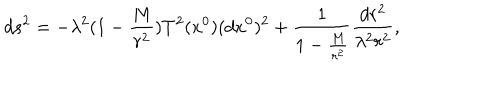
d s ^ { 2 } = - \lambda ^ { 2 } ( 1 - \frac { M } { r ^ { 2 } } ) T ^ { 2 } ( x ^ { 0 } ) ( d x ^ { 0 } ) ^ { 2 } + \frac { 1 } { 1 - \frac { M } { r ^ { 2 } } } \frac { d r ^ { 2 } } { \lambda ^ { 2 } r ^ { 2 } } ,